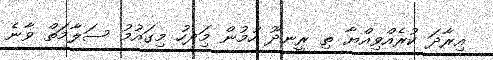
އިރާދަ ކުރެއްވިއްޔާ ތި ރީނދޫ ހުމުން މިަދހު މިގައުމު ސަލާމަތް ވާނެ